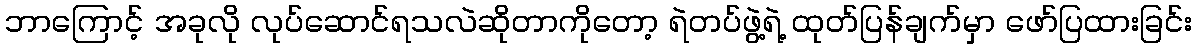
ဘာကြောင့် အခုလို လုပ်ဆောင်ရသလဲဆိုတာကိုတော့ ရဲတပ်ဖွဲ့ရဲ့ ထုတ်ပြန်ချက်မှာ ဖော်ပြထားခြင်း